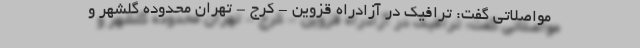
مواصلاتی گفت: ترافیک در آزادراه قزوین - کرج - تهران محدوده گلشهر و